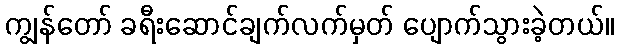
ကျွန်တော် ခရီးဆောင်ချက်လက်မှတ် ပျောက်သွားခဲ့တယ်။